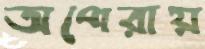
অপেরায়